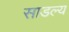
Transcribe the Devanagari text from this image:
साडल्य